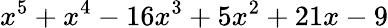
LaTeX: x^{5}+x^{4}-16x^{3}+5x^{2}+21x-9